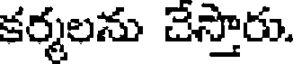
కర్మలను చేస్తారు.